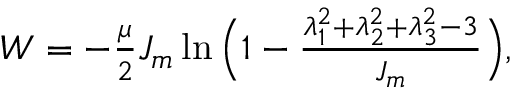
\begin{array} { r } { W = - \frac { \mu } { 2 } J _ { m } \ln \Big ( 1 - \frac { \lambda _ { 1 } ^ { 2 } + \lambda _ { 2 } ^ { 2 } + \lambda _ { 3 } ^ { 2 } - 3 } { J _ { m } } \Big ) , } \end{array}